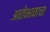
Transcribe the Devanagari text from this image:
आतेभावाचा